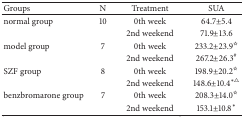
| Groups | N | Treatment | SUA |
 | --- | --- | --- | --- |
 | normal group | 10 | 0th week | 64.7±5.4 |
 |  |  | 2nd weekend | 71.9±13.6 |
 | model group | 7 | 0th week | 233.2±23.9☆ |
 |  |  | 2nd weekend | 267.2±26.3# |
 | SZF group | 8 | 0th week | 198.9±20.2☆ |
 |  |  | 2nd weekend | 148.6±10.4∗△ |
 | benzbromarone group | 7 | 0th week | 208.3±14.0☆ |
 |  |  | 2nd weekend | 153.1±10.8∗ |